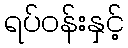
ရပ်ဝန်းနှင့်